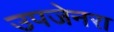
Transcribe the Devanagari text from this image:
उपजेनरा